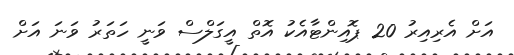
އަށް އެރިއިރު 20 ޕޮއިންޓާއެކު އޮތް އީގަލްސް ވަނީ ހަތަރު ވަނަ އަށް